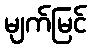
မျက်မြင်